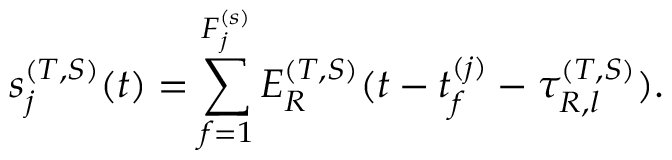
s _ { j } ^ { ( T , S ) } ( t ) = \sum _ { f = 1 } ^ { F _ { j } ^ { ( s ) } } E _ { R } ^ { ( T , S ) } ( t - t _ { f } ^ { ( j ) } - \tau _ { R , l } ^ { ( T , S ) } ) .